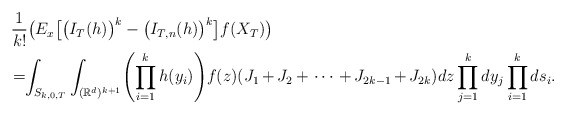
\begin{align*}&\frac{1}{k!} \bigl(E_x \bigl[\bigl(I_{T}(h)\bigr)^k-\bigl(I_{T,n}(h)\bigr)^k \bigr]f(X_T) \bigr)\\&\!= \!\!\int_{S_{k,0,T}}\int_{(\mathbb{R}^d)^{k+1}}\Biggl(\prod_{i=1}^kh(y_i)\Biggr)f(z) (J_1\,{+}\,J_2\,{+}\,\cdots\,{+}\,J_{2k-1}\,{+}\,J_{2k})dz\prod_{j=1}^k dy_j \prod_{i=1}^k ds_{i}.\end{align*}